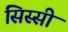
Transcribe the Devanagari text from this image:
सिस्सी